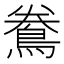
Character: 𪀲